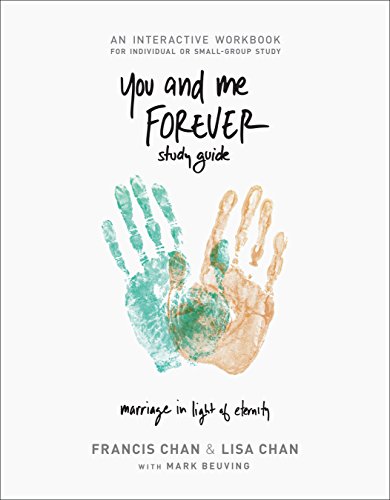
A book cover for You and Me Forever Workbook: Marriage in Light of Eternity; Francis Chan; Christian Books & Bibles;